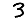
Digit: 3